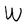
Character: W